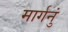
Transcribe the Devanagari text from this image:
मार्गनुं